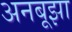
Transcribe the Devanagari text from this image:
अनबूझा